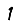
Digit: 1